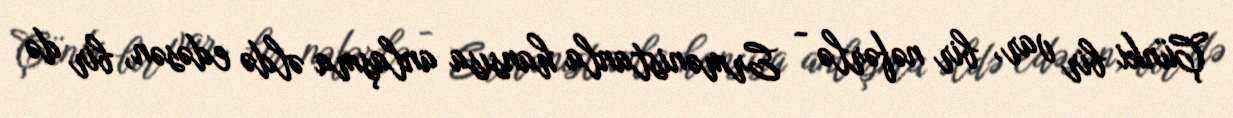
Çünki bir var, bir nəfərlə - Ermənistanla hansısa anlaşma əldə edəsən, bir də